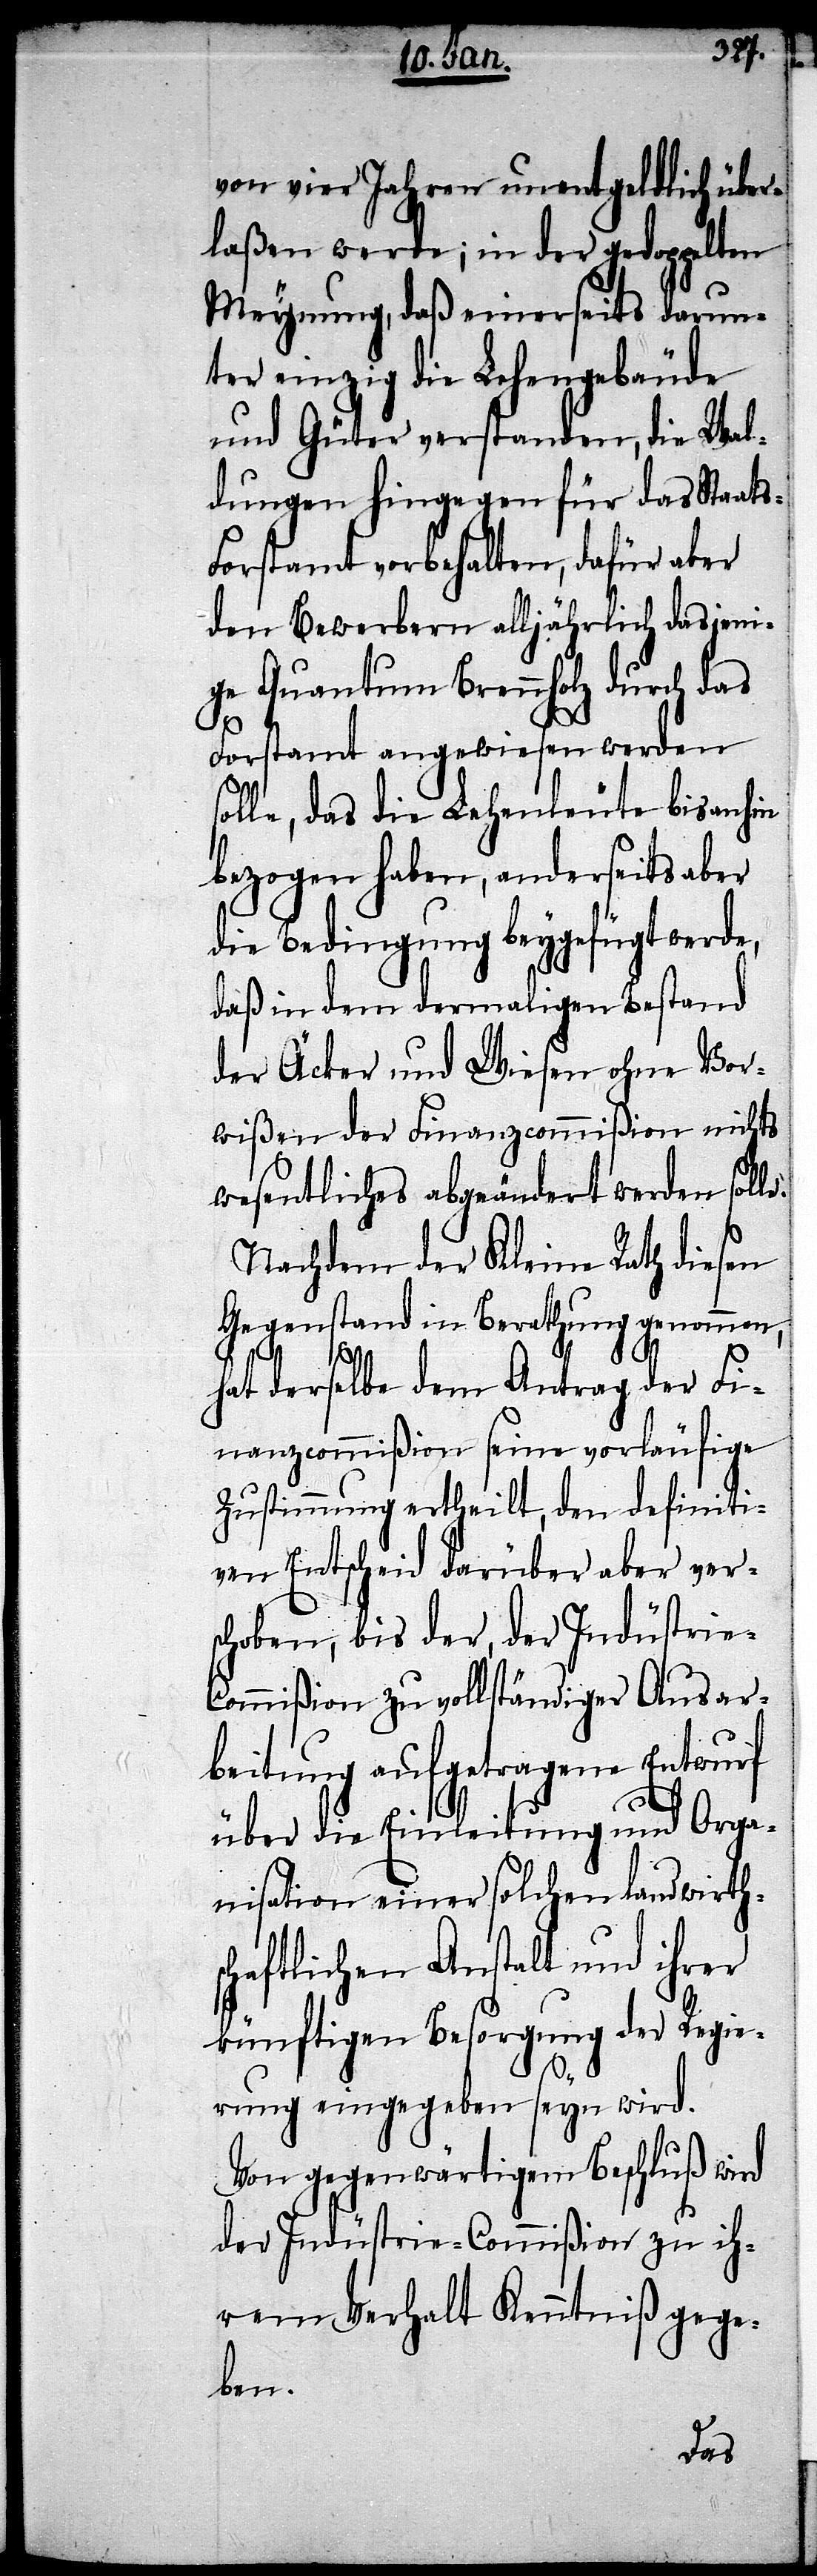
341.
1276. Mann.
von vier Jahren unentgeltlich über¬
laßen werde; in der gedoppelten
Meynung, daß einerseits darun¬
ter einzig die Lehengebäude
und Güter verstanden, die Wal¬
dungen hingegen für das Staat¬
orstamt vorbehalten, dafür aber
den Bewerbern alljährlich dasjeni¬
ge Quantum Brennholz durch das
der
Forstamt angewiesen werden
solle, das die Lehenleute bis anhin
bezogen haben, anderseits aber
die Bedingung beygefügt werde,
daß in dem dermaligen Bestand
der Äcker und Wiesen ohne Vor¬
wißen der Finanzcommißion nichts
wesentliches abgeändert werden solle.
Nachdem der Kleine Rath diesen
Gegenstand in Berathung genommen,
laut
hat derselbe dem Antrag der Fi¬
nanzcommißion seine vorläufige
Zustimmung ertheilt, den definiti¬
ven Entscheid darüber aber vers¬
choben, bis der, der Industrie-C¬
ommißion zu vollständiger Ausar¬
beitung aufgetragene Entwurf
über die Einleitung und Orga¬
nisation einer solchen landwirths¬
chaftlichen Anstalt und ihrer
künftigen Besorgung der Regie¬
rung eingegeben seyn wird.
Von gegenwärtigem Beschluß wird
der Indüstrie-Commißion zu ih¬
rem Verhalt Kenntniß gege¬
ben.